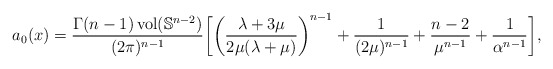
\begin{align*} a_0(x) = \frac{\Gamma(n-1)\operatorname{vol}(\mathbb{S}^{n-2})}{(2\pi)^{n-1}} \biggl[ \biggl( \frac{\lambda + 3\mu}{2\mu (\lambda + \mu)} \biggr)^{n-1} + \frac{1}{(2\mu)^{n-1}} + \frac{n-2}{\mu^{n-1}} + \frac{1}{\alpha^{n-1}} \biggr], \end{align*}